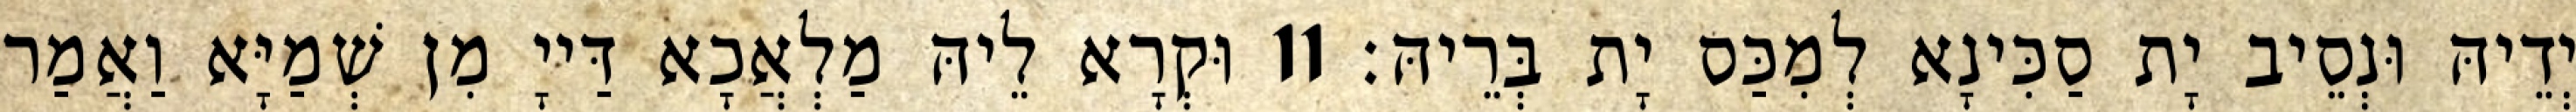
יְדֵיהּ וּנְסֵיב יָת סַכִּינָא לְמִכַּס יָת בְּרֵיהּ׃ 11 וּקְרָא לֵיהּ מַלְאֲכָא דַּייָ מִן שְׁמַיָּא וַאֲמַר